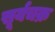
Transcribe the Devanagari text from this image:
सूर्यचक्र